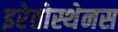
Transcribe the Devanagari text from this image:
इरेतोस्थेनस